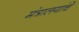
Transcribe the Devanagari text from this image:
मंत्रालयांचे